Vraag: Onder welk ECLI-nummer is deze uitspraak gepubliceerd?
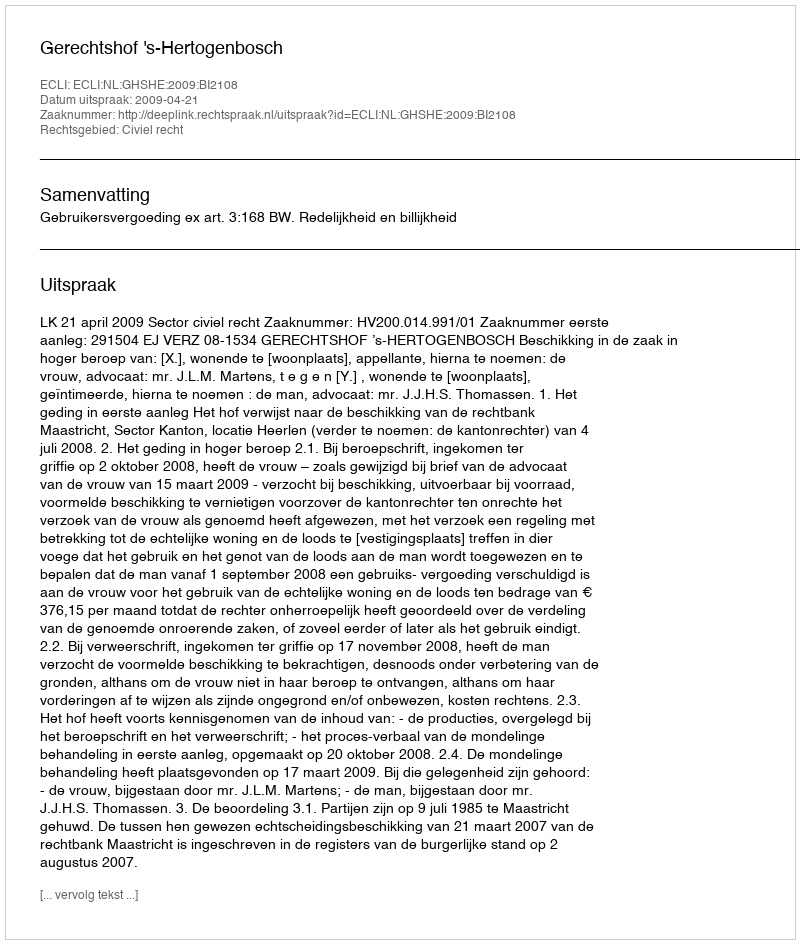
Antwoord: ECLI:NL:GHSHE:2009:BI2108